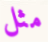
مثل